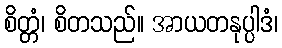
စိတ္တံ၊ စိတသည်။ အာယတနုပ္ပါဒံ၊